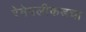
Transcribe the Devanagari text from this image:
रेषेपलीकडचा